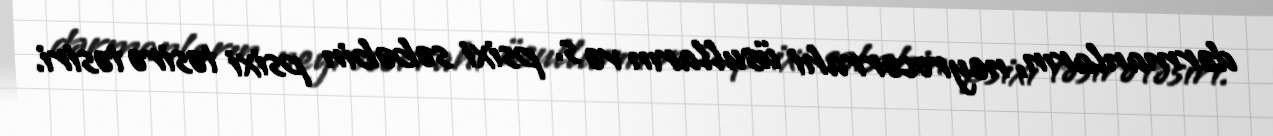
dərmanların, neyrocərrahi üsulların və s. psixi səbəbin psixi təsirə təsiri.